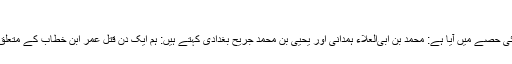
[25]
↑ اس حدیث کے ابتدائی حصے میں آیا ہے: محمد بن ابی‌العلاء ہمدانی اور یحیی بن محمد جریح بغدادی کہتے ہیں: ہم ایک دن قتل عمر ابن خطاب کے متعلق نزاع کر رہے تھے۔